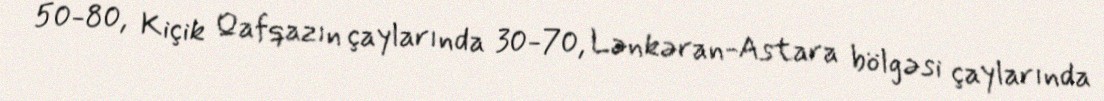
50-80, Kiçik Qafqazın çaylarında 30-70, Lənkəran-Astara bölgəsi çaylarında